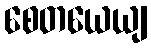
စေတယေယျ